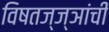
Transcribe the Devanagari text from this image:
विषतज्‍ज्ञांची